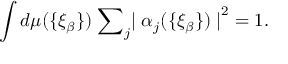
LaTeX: \int d \mu ( \{ { \xi } _ { \beta } \} ) \; { \sum } _ { j } { \mid { \alpha } _ { j } ( \{ { \xi } _ { \beta } \} ) \mid } ^ { 2 } = 1 .